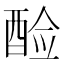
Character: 𫑷